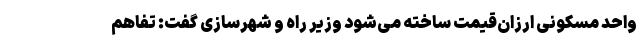
واحد مسکونی ارزان‌قیمت ساخته می‌شود وزیر راه و شهرسازی گفت: تفاهم